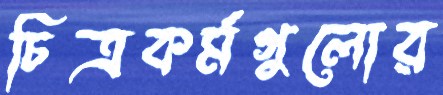
চিত্রকর্মগুলোর